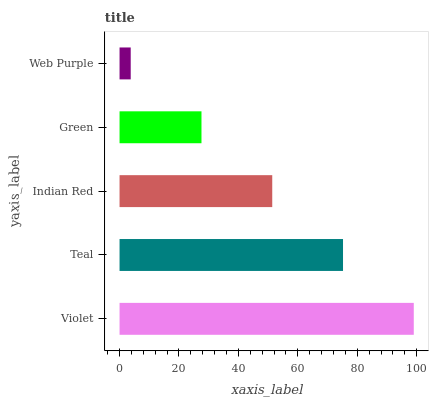
| yaxis_label | bars |
 | --- | --- |
 | Violet | 99 |
 | Teal | 75.2 |
 | Indian Red | 51.4 |
 | Green | 27.6 |
 | Web Purple | 3.76 |